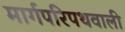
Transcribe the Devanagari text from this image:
मार्गपरिपथवाली